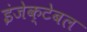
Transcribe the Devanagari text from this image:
इंजेक्टेबल